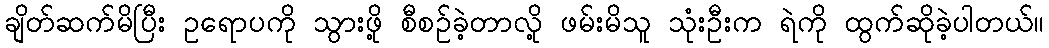
ချိတ်ဆက်မိပြီး ဥရောပကို သွားဖို့ စီစဉ်ခဲ့တာလို့ ဖမ်းမိသူ သုံးဦးက ရဲကို ထွက်ဆိုခဲ့ပါတယ်။